Annual administration report of the Civil Veterinary Department of India - 1898-1899
Year: 1898
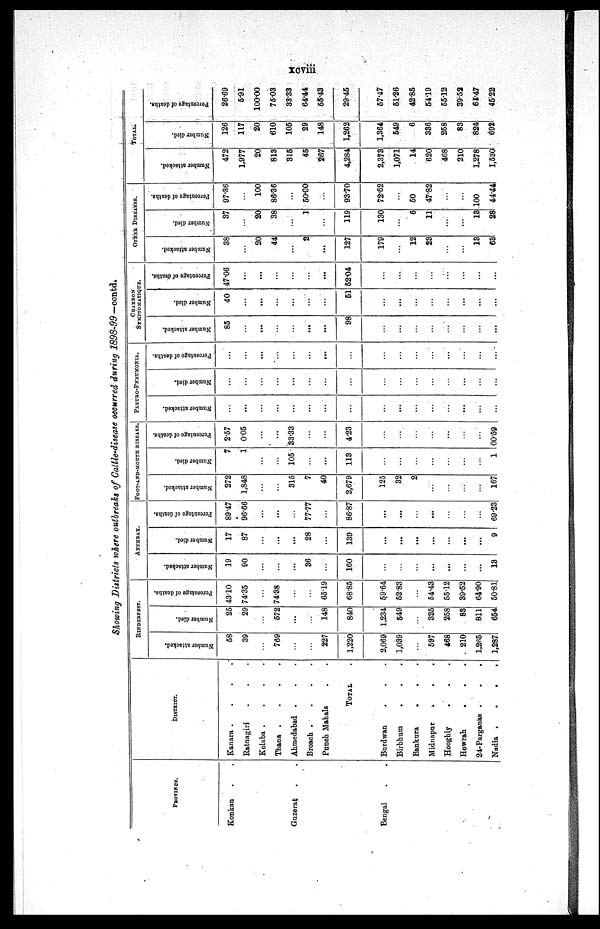
xcviii
Showing Districts where outbreaks of Galtle-disease occurred during
1898-99—contd.
PROVINCE.
Konkan . .
Guzerat . .
Bengal
DISTRICT.
Kanara .
.
.
.
Ratnagiri . . .
Kolaba .
.
.
.
Thana .
.
.
.
Ahmedabad . . .
Broach .
.
.
.
Punch Mahals
TOTAL .
Burdwan . . .
Birbhum . . .
Bankura
. . .
Midnapur . . .
Hooghly
. . .
Howrab
. . .
24-Parganas . . .
Nadia .
.
.
.
RINDERPEST.
Number attacked.
58
39
...
769
...
...
227
1,220
2,069
1,039
...
597
468
210
1,265
1,287
Number died.
25
29
...
572
...
...
148
840
1,234
549
...
325
258
83
811
654
Percentage of deaths.
43.10
74.35
...
74.38
...
...
65.9
68.85
59.64
52.83
...
54.43
55.12
39.52
64.90
50-81
ANTHRAX.
Number attacked.
19
90
...
...
...
36
...
160
...
...
...
...
...
...
...
13
Number died.
17
87
...
...
...
28
...
139
...
...
...
...
...
...
...
9
Percentage of deaths.
89.47
96.66
...
...
...
77.77
...
86.87
...
...
...
...
...
...
...
69.23
FOOT-AND-MOUTH DISEASE.
Number attacked.
272
1,848
...
...
315
7
40
2,679
125
32
2
...
...
...
...
167
Number died.
7
1
...
...
105
...
...
113
...
...
...
...
...
...
...
1
Percentage of deaths.
2.57
0.05
...
...
33.33
...
...
4.23
...
...
...
...
...
...
...
00.59
PLEURO-PNEUMONIA.
Number attacked.
...
...
...
...
...
...
...
...
...
...
...
...
...
...
...
...
Number died.
...
...
...
...
...
...
...
...
...
...
...
...
...
...
...
...
Percentage of deaths.
...
...
...
...
...
...
...
...
...
...
...
...
...
...
...
...
CHARBON
SYMPTOMATIQUE.
Number attacked.
85
...
...
...
...
...
...
98
...
...
...
...
...
...
...
...
Number died.
40
...
...
...
...
...
...
51
...
...
...
...
...
...
...
...
Percentage of deaths.
47.06
...
...
...
...
...
...
52.04
...
...
...
...
...
...
...
...
OTHER DISEASES.
Number attacked.
38
...
20
44
...
2
...
127
179
...
12
23
...
...
13
63
Number died.
37
...
20
38
...
1
...
119
130
...
6
11
...
...
13
28
Percentage of deaths.
97.36
...
100
86.36
...
50.00
...
93.70
72.62
...
50
47.82
...
...
100
44.44
TOTAL.
Number attacked.
472
1,977
20
813
315
45
267
4,284
2,373
1,071
14
620
468
210
1,278
1,530
Number died.
126
117
20
610
105
29
148
1,262
1,364
549
6
336
258
83
824
692
Percentage of deaths.
26.69
5.91
100.00
75.03
33.33
64.44
55.43
29.45
57.47
51.26
42.85
54.19
55.12
39.52
64.47
45.22